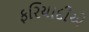
ફરિયાદીએ